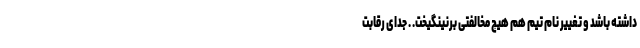
داشته باشد و تغییر نام تیم هم هیچ مخالفتی برنینگیخت. . جدای رقابت